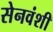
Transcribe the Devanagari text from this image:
सेनवंशी